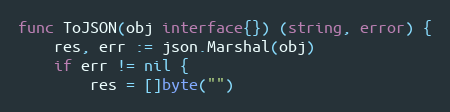
Language: Go
func ToJSON(obj interface{}) (string, error) {
	res, err := json.Marshal(obj)
	if err != nil {
		res = []byte("")